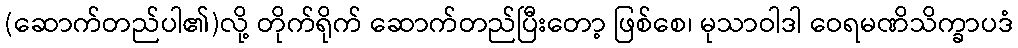
(ဆောက်တည်ပါ၏)လို့ တိုက်ရိုက် ဆောက်တည်ပြီးတော့ ဖြစ်စေ၊ မုသာဝါဒါ ဝေရမဏိသိက္ခာပဒံ